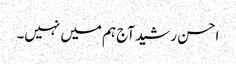
احسن رشید آج ہم میں نہیں۔